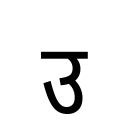
OCR:
उ